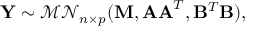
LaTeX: \mathbf { Y } \sim { \mathcal { M N } } _ { n \times p } ( \mathbf { M } , \mathbf { A A } ^ { T } , \mathbf { B } ^ { T } \mathbf { B } ) ,